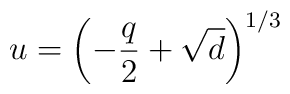
u=\left( -\frac{q}{2} + \sqrt{d} \right)^{1/3}